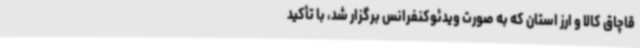
قاچاق کالا و ارز استان که به صورت ویدئوکنفرانس برگزار شد، با تأکید